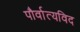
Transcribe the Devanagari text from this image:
पौर्वात्यविद